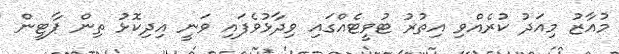
މުއާޒު މިއަދު ކުރެއްވި އިތުރު ޓުވީޓެއްގައި ވިދާޅުވެފައި ވަނީ އިދިކޮޅު ތިން ޕާޓީން